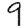
Digit: 9